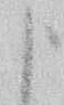
申